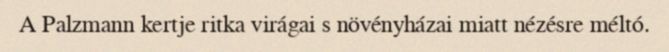
A Palzmann kertje ritka virágai s növényházai miatt nézésre méltó.